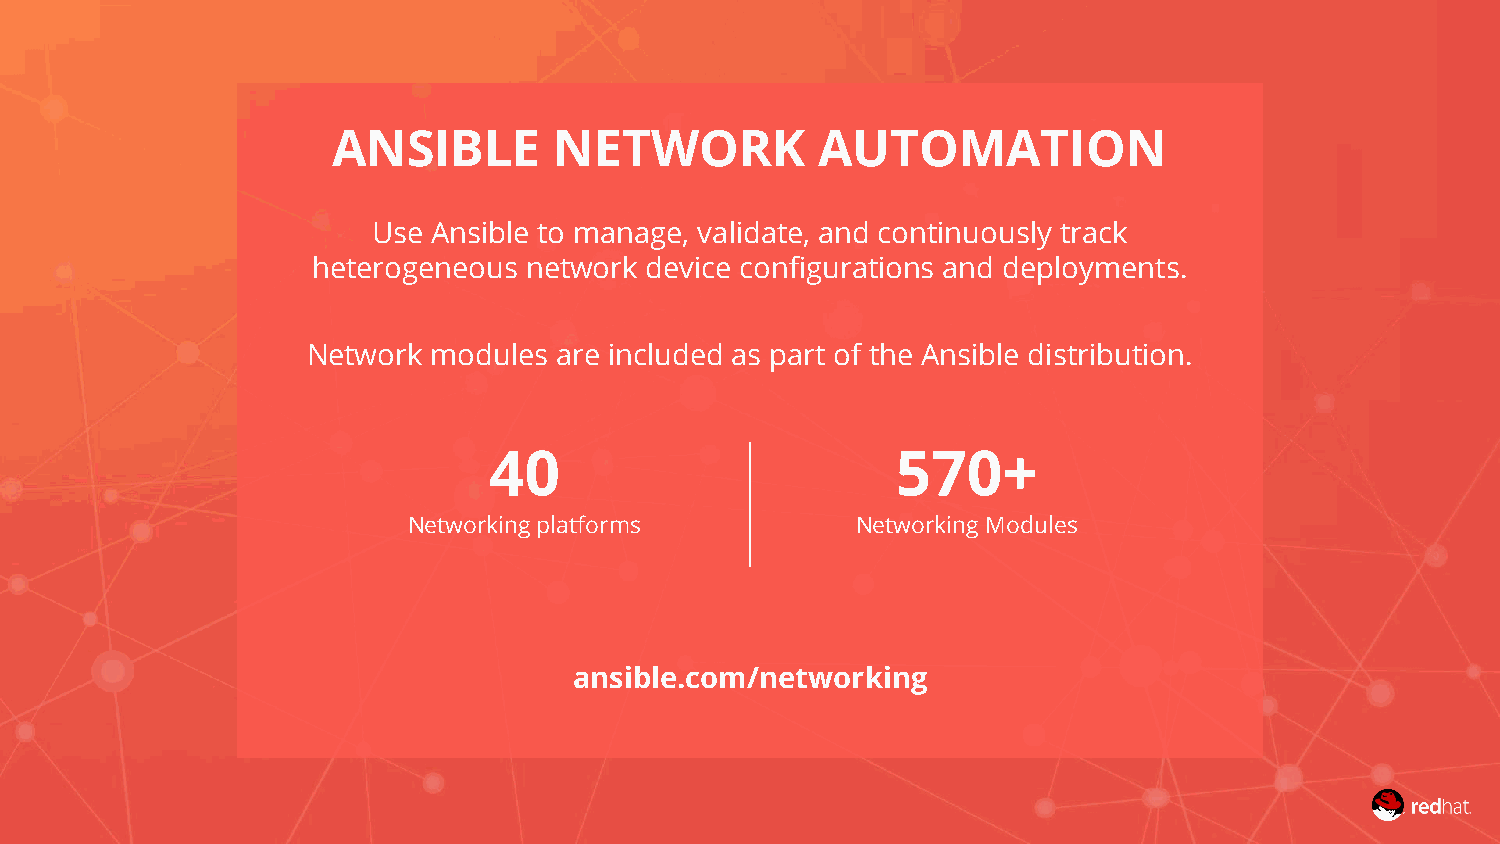
ANSIBLE        NETWORK          AUTOMATION
 Use Ansible to manage, validate, and continuously track
 heterogeneous network device configurations and deployments.
 Network  modules are included as part of the Ansible distribution.
 40                         570+
 Networking platforms          Networking Modules
 ansible.com/networking